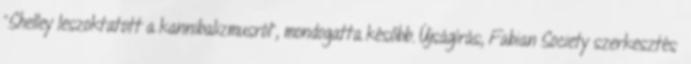
"Shelley leszoktatott a kannibalizmusról", mondogatta később. Újságírás, Fabian Society szerkesztés